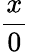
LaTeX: \frac{x}{0}